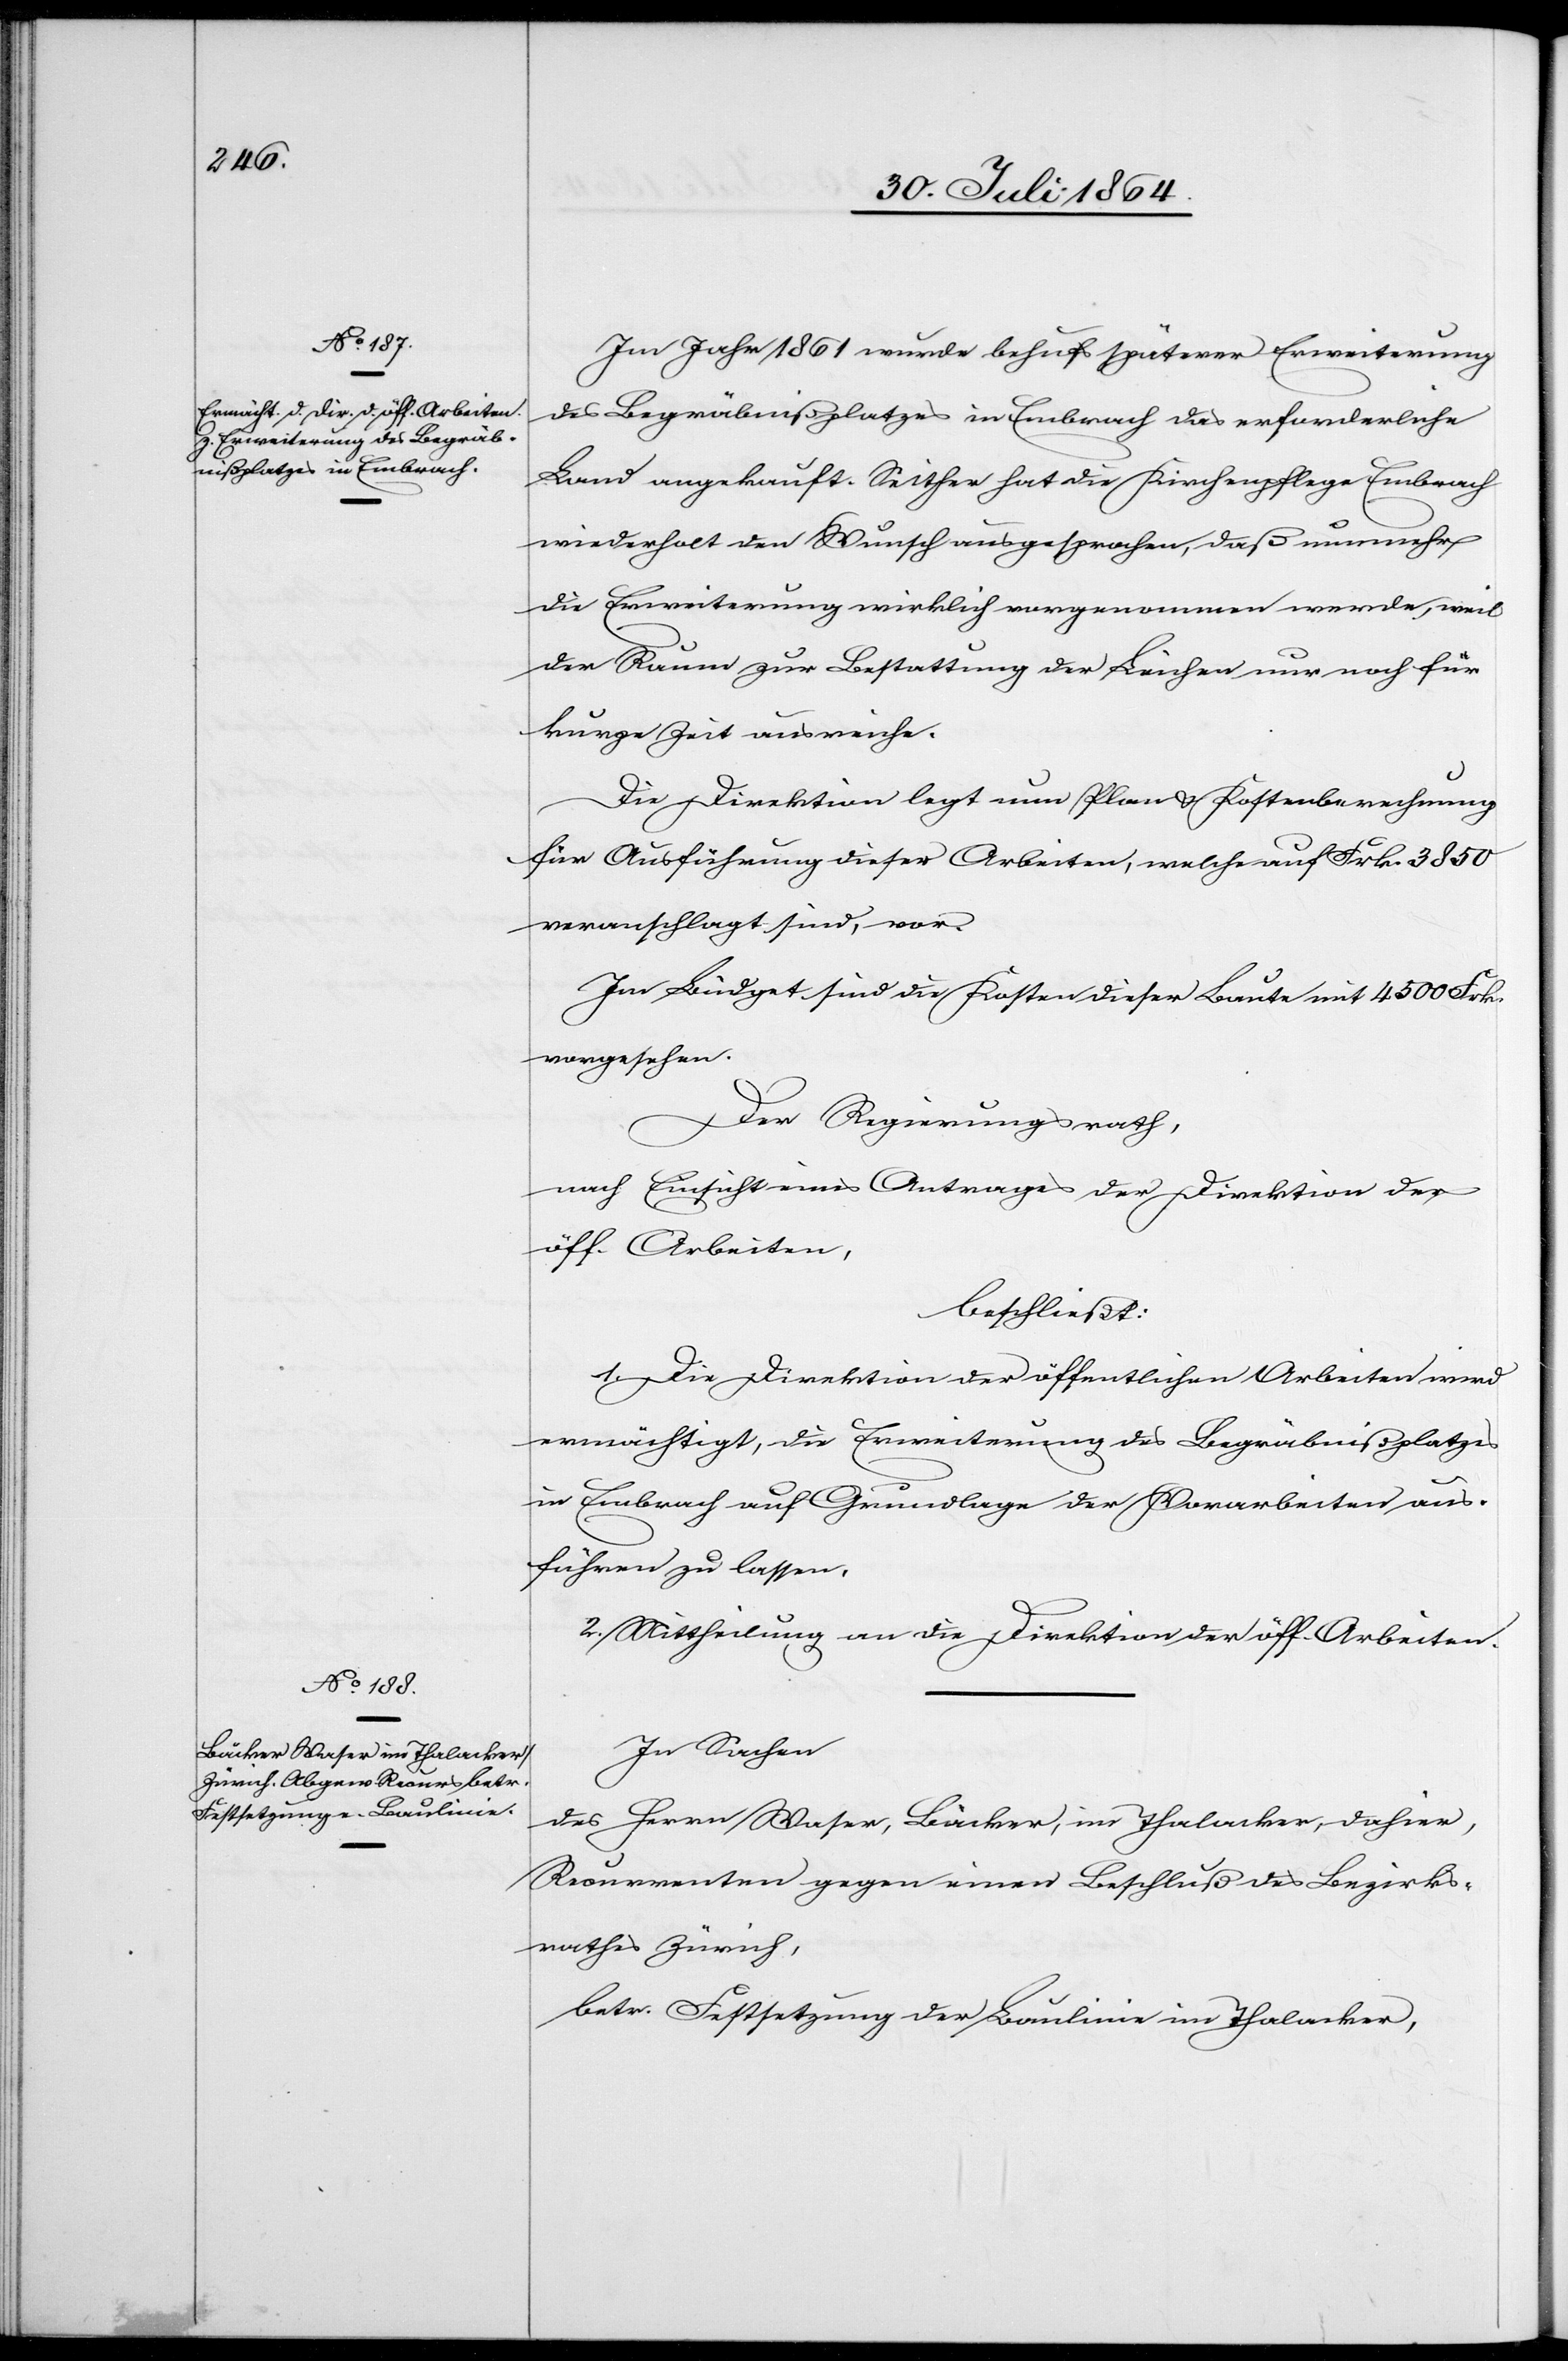
Im Jahr 1861 wurde behufs späterer Erweiterung
des Begräbnißplatzes in Embrach das erforderliche
Land angekauft. Seither hat die Kirchenpflege Embrach
wiederholt den Wunsch ausgesprochen, daß nunmehr
die Erweiterung wirklich vorgenommen werde, weil
der Raum zur Bestattung der Leichen nur noch für
kurze Zeit ausreiche.
Die Direktion legt nun Plan & Kostenberechnung
für Ausführung dieser Arbeiten, welche auf Frk. 3850
veranschlagt sind, vor.
Im Budget sind die Kosten dieser Baute mit 4500 Frk.
vorgesehen.
Der Regierungsrath,
nach Einsicht eines Antrages der Direktion der
öff. Arbeiten,
beschließt:
1. Die Direktion der öffentlichen Arbeiten wird
ermächtigt, die Erweiterung des Begräbnißplatzes
in Embrach auf Grundlage der Vorarbeiten aus¬
führen zu lassen.
2. Mittheilung an die Direktion der öff. Arbeiten.
In Sachen
des Herrn Waser, Bäcker, im Thalacker, dahier,
Recurrenten gegen einen Beschluß des Bezirks¬
rathes Zürich,
betr. Festsetzung der Baulinie im Thalacker